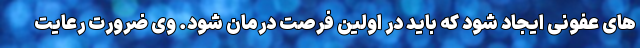
های عفونی ایجاد شود که باید در اولین فرصت درمان شود. وی ضرورت رعایت